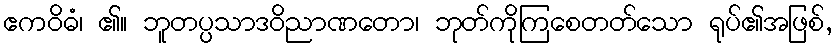
ဧကဝိဓံ၊ ၏။ ဘူတပ္ပသာဒဝိညာဏတော၊ ဘုတ်ကိုကြစေတတ်သော ရုပ်၏အဖြစ်,